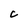
Character: C